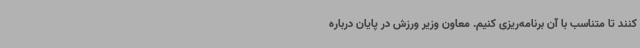
کنند تا متناسب با آن برنامه‌ریزی کنیم. معاون وزیر ورزش در پایان درباره